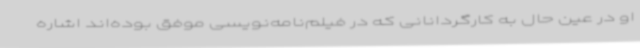
او در عین حال به کارگردانانی که در فیلم‌نامه‌نویسی موفق بوده‌اند اشاره